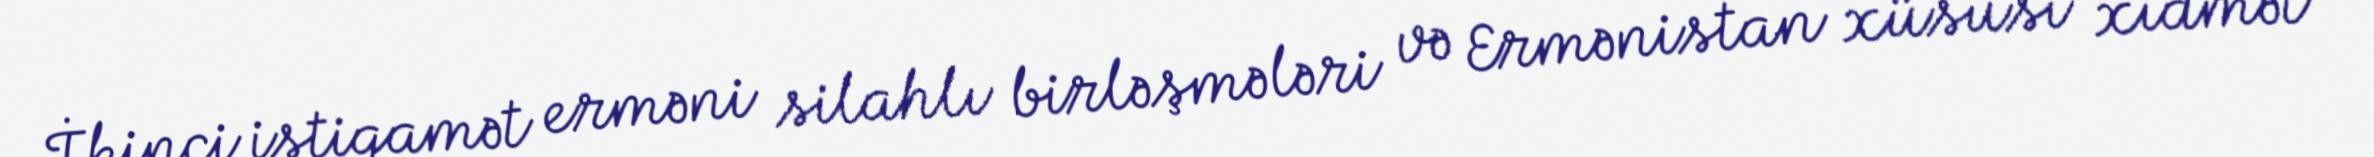
İkinci istiqamət erməni silahlı birləşmələri və Ermənistan xüsusi xidmət